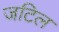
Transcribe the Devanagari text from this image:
जटिल